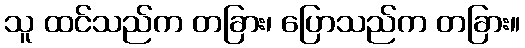
သူ ထင်သည်က တခြား၊ ပြောသည်က တခြား။